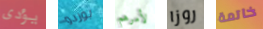
يؤدى بوردو لأمرهم روزا خاتمة